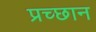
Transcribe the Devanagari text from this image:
प्रच्छान